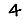
Digit: 4